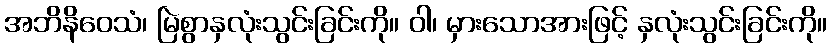
အဘိနိဝေသံ၊ မြဲစွာနှလုံးသွင်းခြင်းကို။ ဝါ၊ မှားသောအားဖြင့် နှလုံးသွင်းခြင်းကို။